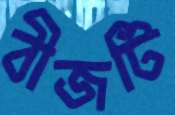
বীজটি